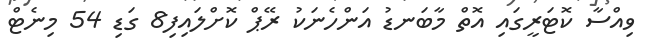
ވިއްސާ ކޮޓަރީގައި އޮތް މާބަނޑު އަންހެނަކު ރޭޕް ކޮށްލައިފި8 ގަޑި 54 މިނެޓް